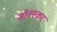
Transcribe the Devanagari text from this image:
सोल्स्कर